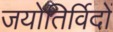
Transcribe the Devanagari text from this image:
जयोतिर्विदों